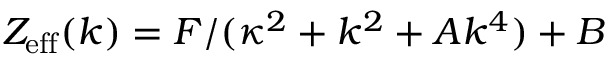
Z _ { \mathrm { e f f } } ( k ) = F / ( { \kappa ^ { 2 } + k ^ { 2 } + A k ^ { 4 } } ) + B